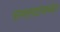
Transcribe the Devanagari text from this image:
सभासदांसमवेत